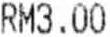
RM3.00